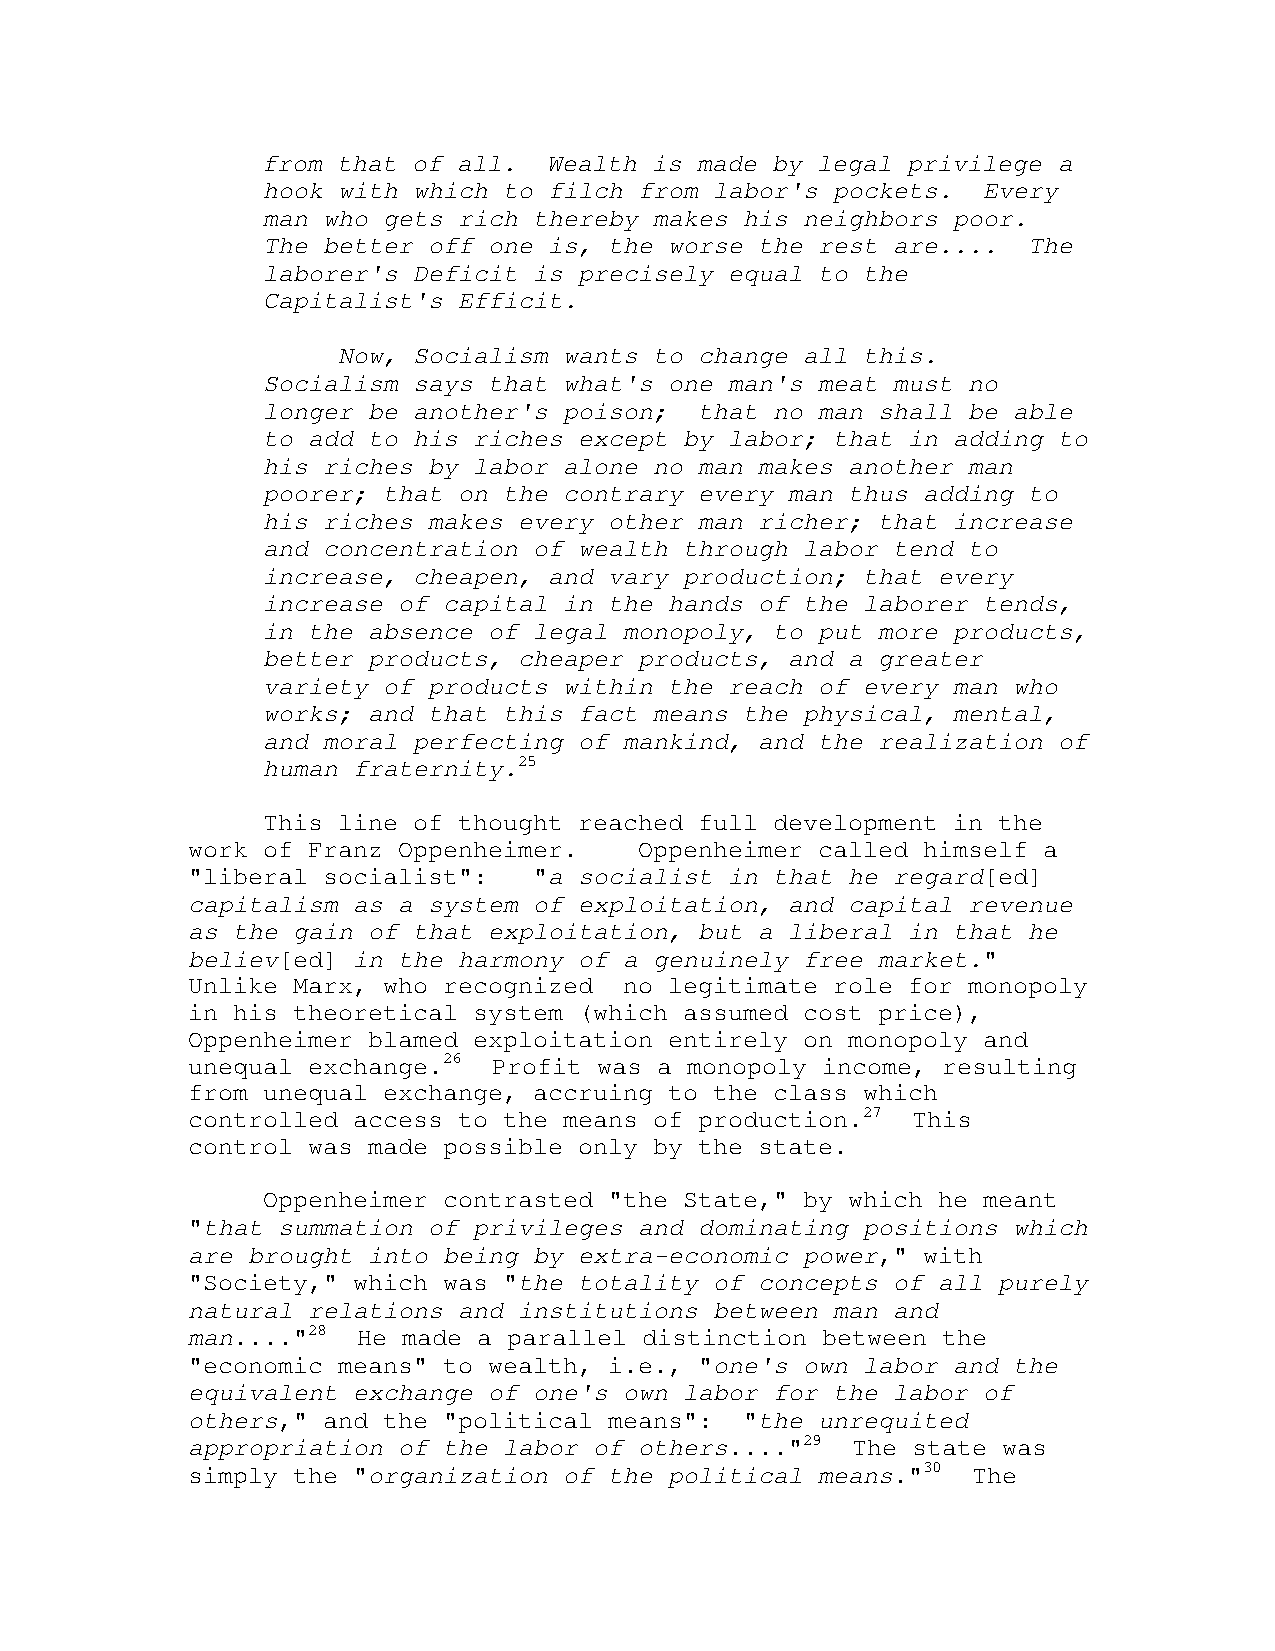
from that of all.  Wealth is made by legal privilege a
 hook with which to filch from labor's pockets.  Every
 man who gets rich thereby makes his neighbors poor.
 The better off one is, the worse the rest are....  The
 laborer's Deficit is precisely equal to the
 Capitalist's Efficit.
 Now, Socialism wants to change all this.
 Socialism says that what's one man's meat must no
 longer be another's poison;  that no man shall be able
 to add to his riches except by labor; that in adding to
 his riches by labor alone no man makes another man
 poorer; that on the contrary every man thus adding to
 his riches makes every other man richer; that increase
 and concentration of wealth through labor tend to
 increase, cheapen, and vary production; that every
 increase of capital in the hands of the laborer tends,
 in the absence of legal monopoly, to put more products,
 better products, cheaper products, and a greater
 variety of products within the reach of every man who
 works; and that this fact means the physical, mental,
 and moral perfecting of mankind, and the realization of
 human fraternity.25
 This line of thought reached full development in the
 work of Franz Oppenheimer.    Oppenheimer called himself a
 "liberal socialist":   "a socialist in that he regard[ed]
 capitalism as a system of exploitation, and capital revenue
 as the gain of that exploitation, but a liberal in that he
 believ[ed] in the harmony of a genuinely free market."
 Unlike Marx, who recognized  no legitimate role for monopoly
 in his theoretical system (which assumed cost price),
 Oppenheimer blamed exploitation entirely on monopoly and
 unequal exchange.26  Profit was a monopoly income, resulting
 from unequal exchange, accruing to the class which
 controlled access to the means of production.27 This
 control was made possible only by the state.
 Oppenheimer contrasted "the State," by which he meant
 "that summation of privileges and dominating positions which
 are brought into being by extra-economic power," with
 "Society," which was "the totality of concepts of all purely
 natural relations and institutions between man and
 man...."28  He made a parallel distinction between the
 "economic means" to wealth, i.e., "one's own labor and the
 equivalent exchange of one's own labor for the labor of
 others," and the "political means":  "the unrequited
 appropriation of the labor of others...."29 The state was
 simply the "organization of the political means."30 The